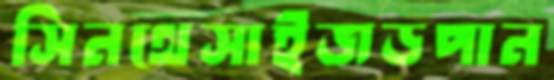
সিনথেসাইজডপান